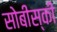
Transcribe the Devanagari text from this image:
सोबीस्की